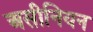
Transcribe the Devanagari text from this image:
असीनियन